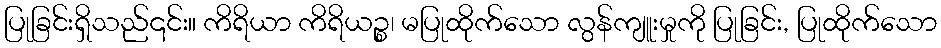
ပြုခြင်းရှိသည်၎င်း။ ကိရိယာ ကိရိယဉ္စ၊ မပြုထိုက်သော လွန်ကျူးမှုကို ပြုခြင်း, ပြုထိုက်သော